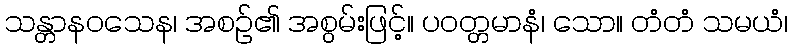
သန္တာနဝသေန၊ အစဉ်၏ အစွမ်းဖြင့်။ ပဝတ္တမာနံ၊ သော။ တံတံ သမယံ၊